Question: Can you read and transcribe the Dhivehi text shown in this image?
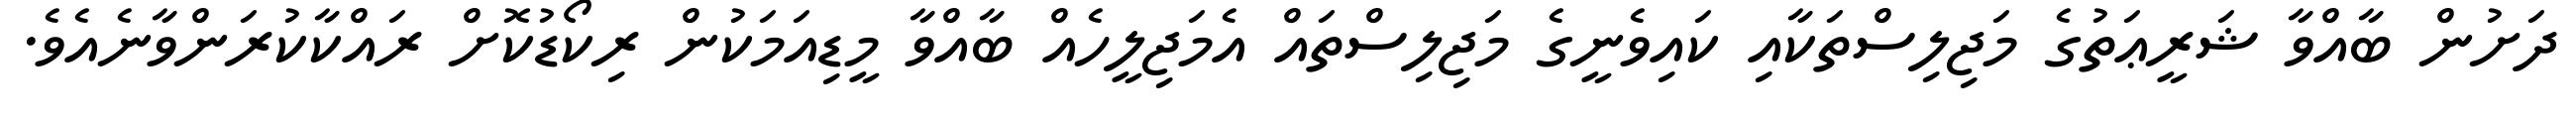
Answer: ދަށުން ބާއްވާ ޝަރީޢަތުގެ މަޖިލިސްތަކާއި ކައިވެނީގެ މަޖިލިސްތައް އެމަޖިލީހެއް ބާއްވާ މީޑިއަމަކުން ރިކޯޑުކޮށް ރައްކާކުރަންވާނެއެވެ.